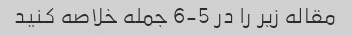
مقاله زیر را در 5-6 جمله خلاصه کنید